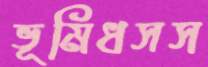
ভূমিধসস